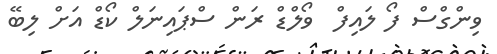
ވިންގްސް ފޯ ލައިފް  ވޯލްޑް ރަން ސްޕައިނަލް ކޯޑް އަށް ލިބޭ